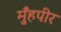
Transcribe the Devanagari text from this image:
मुँहपीर